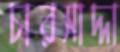
চারসাদ্দা